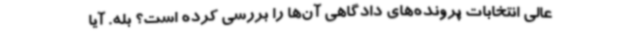
عالی انتخابات پرونده‌های دادگاهی آن‌ها را بررسی کرده است؟ بله. آیا